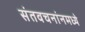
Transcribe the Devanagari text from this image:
संतवचनांनमध्ये